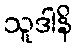
သူဒါနိ